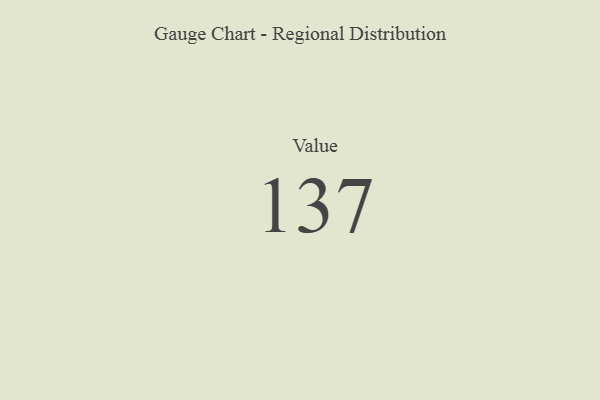
{"axis": {"x": "Metric", "y": "Value"}, "legend": [""], "data": [{"x": "Value", "y": 137, "type": ""}]}